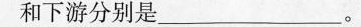
和下游分别是___。